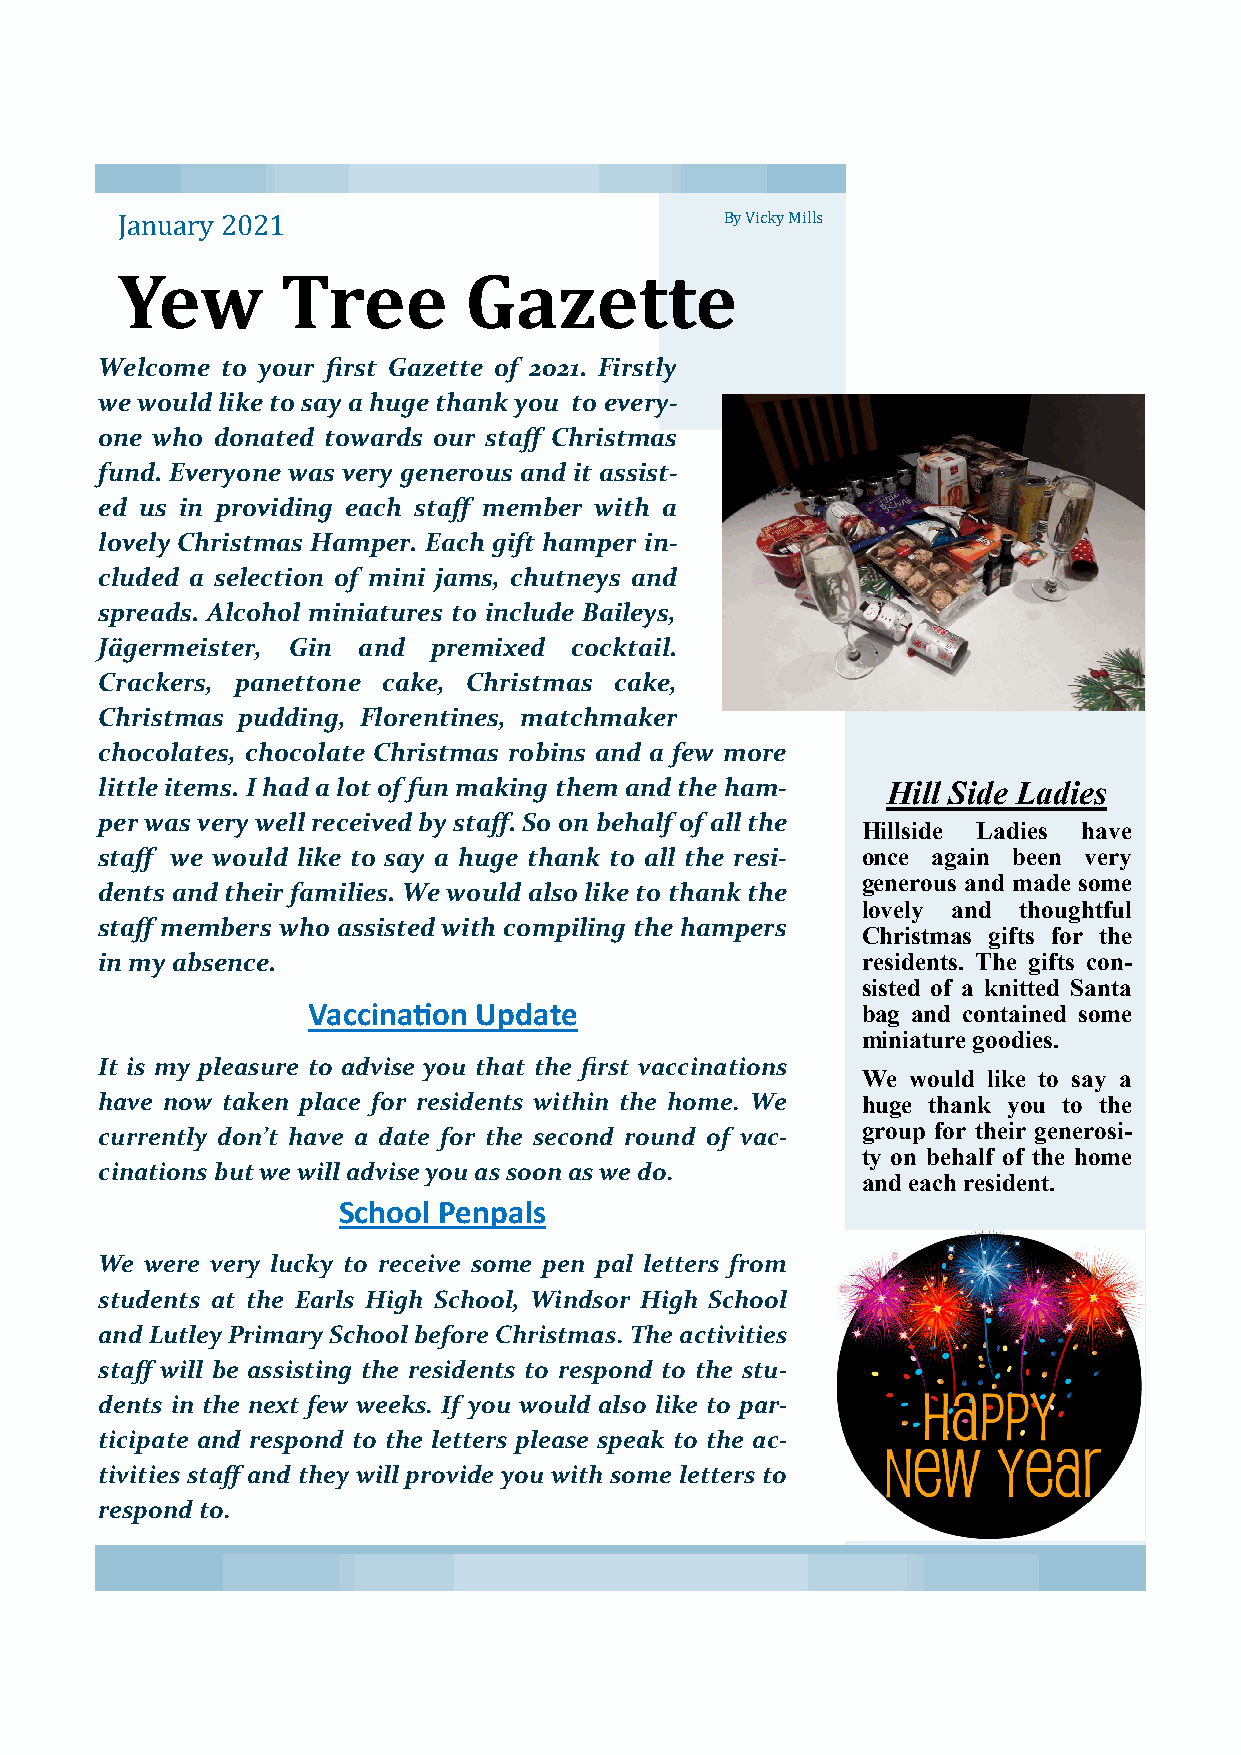
January 2021                            By Vicky Mills
 Yew        Tree        Gazette
 Welcome to your first Gazette of 2021. Firstly
 we would like to say a huge thank you to every-
 one who donated towards our staff Christmas
 fund. Everyone was very generous and it assist-
 ed us in providing each staff member with a
 lovely Christmas Hamper. Each gift hamper in-
 cluded a selection of mini jams, chutneys and
 spreads. Alcohol miniatures to include Baileys,
 Jägermeister, Gin and premixed cocktail.
 Crackers, panettone cake, Christmas cake,
 Christmas pudding, Florentines, matchmaker
 chocolates, chocolate Christmas robins and a few more
 little items. I had a lot of fun making them and the ham- Hill Side Ladies
 per was very well received by staff. So on behalf of all the
 Hillside Ladies have
 staff we would like to say a huge thank to all the resi- once again been very
 generous and made some
 dents and their families. We would also like to thank the
 lovely and thoughtful
 staff members who assisted with compiling the hampers
 Christmas gifts for the
 in my absence.                                    residents. The gifts con-
 sisted of a knitted Santa
 Vaccination Update                   bag and contained some
 miniature goodies.
 It is my pleasure to advise you that the first vaccinations
 We would like to say a
 have now taken place for residents within the home. We huge thank you to the
 group for their generosi-
 currently don’t have a date for the second round of vac-
 ty on behalf of the home
 cinations but we will advise you as soon as we do.
 and each resident.
 School Penpals
 We were very lucky to receive some pen pal letters from
 students at the Earls High School, Windsor High School
 and Lutley Primary School before Christmas. The activities
 staff will be assisting the residents to respond to the stu-
 dents in the next few weeks. If you would also like to par-
 ticipate and respond to the letters please speak to the ac-
 tivities staff and they will provide you with some letters to
 respond to.